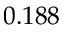
0 . 1 8 8